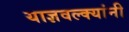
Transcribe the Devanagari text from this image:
याज्ञवल्क्यांनी